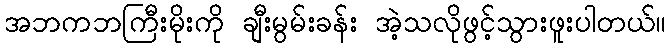
အဘကဘကြီးမိုးကို ချီးမွမ်းခန်း အဲ့သလိုဖွင့်သွားဖူးပါတယ်။